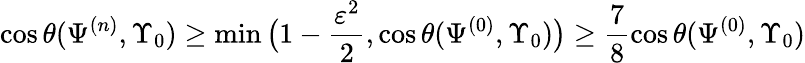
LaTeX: \cos\theta(\Psi^{(n)},\Upsilon_{0})\geq\operatorname*{min}\big(1-\frac{\varepsilon^{2}}{2},\cos\theta(\Psi^{(0)},\Upsilon_{0})\big)\geq\frac{7}{8}\cos\theta(\Psi^{(0)},\Upsilon_{0})